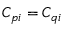
C _ { p i } = C _ { q i }